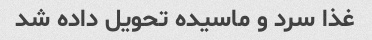
غذا سرد و ماسیده تحویل داده شد